Vaccination North-Western Provinces 1866-1877 - 1866-1877
Year: 1866
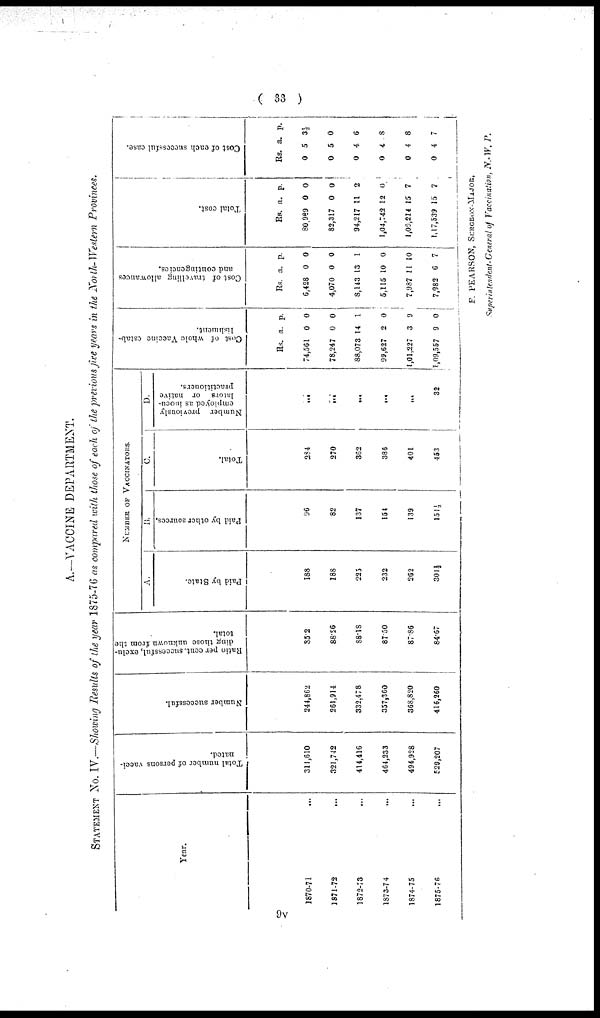
( 33 )
A.—VACCINE DEPARTMENT.
STATEMENT No. IV.—Showing Results of the year 1875-76 as compared with those of each of the previous five years in the North-Western Provinces.
Year.
1870-71
1871-72
1872-73
1873-7 4
1874-75
1875-76
Total number of persons vacci-
nated.
311,610
321,742
414,416
464,233
494,928
529,207
Number successful.
244,862
261,914
332,478
357,360
368,820
416,260
Ratio per cent. successful, exclu-
ding those unknown from the
total.
85.2
88.86
88.18
87.50
87.86
84.67
NUMBER OF VACCINATION.
A.
Paid by State.
188
188
225
232
262
301½
B.
Paid by other sources.
96
82
137
154
139
151½
C.
Total.
284
270
362
386
401
453
D.
Number previously
employed as inocu-
lators or native
practitioners.
...
...
...
...
...
32
Cost of whole Vaccine estab-
lishment.
Rs.
74,561
78,247
88,073
99,627
1,01,227
1,09,557
a.
0
0
14
2
3
9
p.
0
0
1
0
0
0
Cost of travelling allowances
and contingencies.
Rs.
6,428
4,070
8,143
5,115
7,987
7,982
a.
0
0
13
10
11
6
p.
0
0
1
0
10
7
Total cost.
Rs.
80,989
82,317
94,217
1,04,742
1,09,214
1,17,539
a.
0
0
11
12
15
15
p.
0
0
2
0
7
7
Cost of each successful case.
Rs.
0
0
0
0
0
0
a.
5
5
4
4
4
4
p.
3½
0
6
8
8
7
9V
F. PEARSON, SURGEON-MAJOR,
Superintendent-General of Vaccination, N.-W. P.